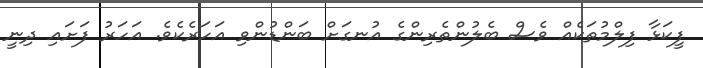
ފީކަޅާ ފިލްމުތަކެއް ވެސް ބެލުންތެރިންގެ އުނގަށް ބަންޑުންވި އަހަރެކެވެ. އަހަރު ފަށައި ދިނީ